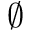
\emptyset